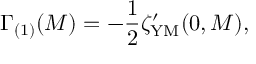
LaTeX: \Gamma _ { ( 1 ) } ( M ) = - { \frac { 1 } { 2 } } \zeta _ { \mathrm { Y M } } ^ { \prime } ( 0 , M ) ,